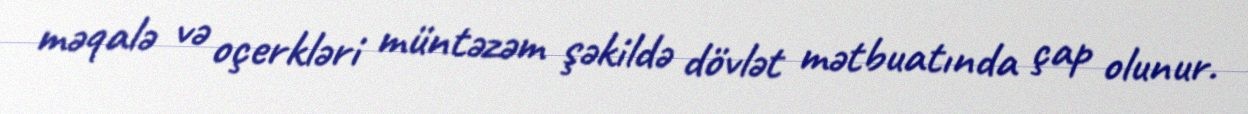
məqalə və oçerkləri müntəzəm şəkildə dövlət mətbuatında çap olunur.